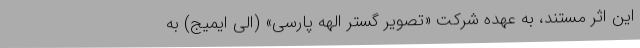
این اثر مستند، به عهده شرکت «تصویر گستر الهه پارسی» (الی ایمیج) به